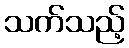
သက်သည့်